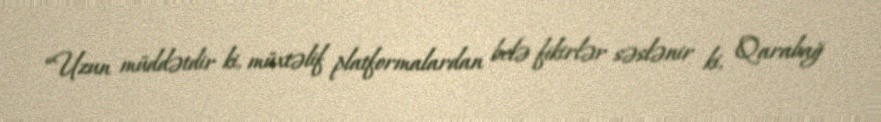
“Uzun müddətdir ki, müxtəlif platformalardan belə fikirlər səslənir ki, Qarabağ